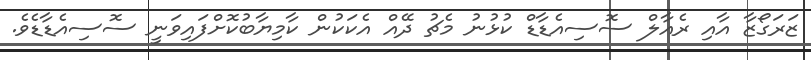
ޒަރަގޯޒާ އާއި ރެެއާލް ސޮސިއެޑާޑް ކުޅުނު މެޗު ދޭއް އެކަކުން ކާމިޔާބުކޮށްފައިވަނީ ސޮސިއެޑާޑެވެ.